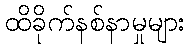
ထိခိုက်နစ်နာမှုများ